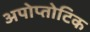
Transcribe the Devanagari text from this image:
अपोप्तोटिक